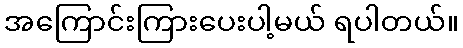
အကြောင်းကြားပေးပါ့မယ် ရပါတယ်။